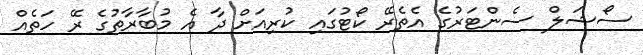
ސޯޝަލް ސެންޓަރުގެ އެތެރޭ ކޯޓުގައި ކުރިއަށް ދާ އެ މުބާރާތުގެ ރޭ ހަތެއް